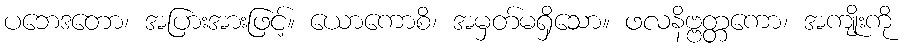
ပဘေဒတော၊ အပြားအားဖြင့်။ ယောကောစိ၊ အမှတ်မရှိသော။ ဖလနိဗ္ဗတ္တကော၊ အကျိုးကို